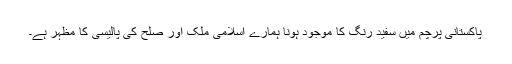
پاکستانی پرچم میں سفید رنگ کا موجود ہونا ہمارے اسلامی ملک اور صلح کی پالیسی کا مظہر ہے۔